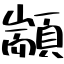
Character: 顓